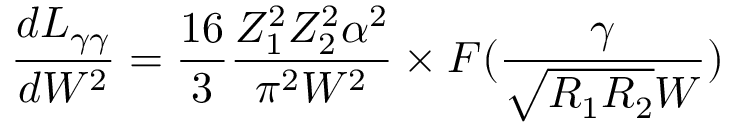
{ \frac { d L _ { \gamma \gamma } } { d W ^ { 2 } } } = { \frac { 1 6 } { 3 } } { \frac { Z _ { 1 } ^ { 2 } Z _ { 2 } ^ { 2 } \alpha ^ { 2 } } { \pi ^ { 2 } W ^ { 2 } } } \times \cal { F } ( { \frac { \gamma } { \sqrt { R _ { 1 } R _ { 2 } } W } } )